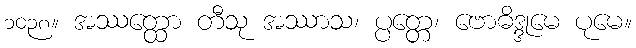
၁၀၃၈။ အဿတ္ထော တီသု အဿာသ၊ ပ္ပတ္တေ၊ ဗောဓိဒ္ဒုမေ ပုမေ။